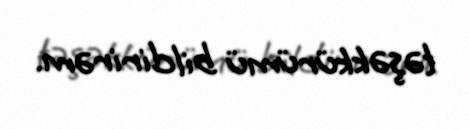
təşəkkürümü bildirirəm.